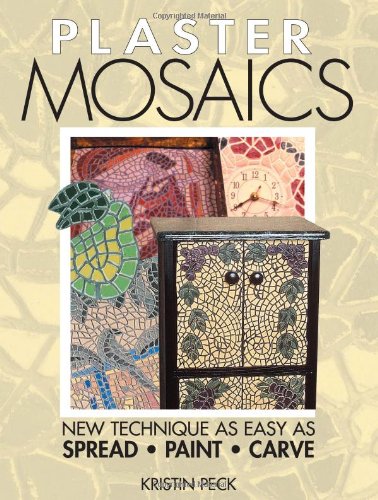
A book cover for Plaster Mosaics; Kristin Peck; Arts & Photography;